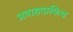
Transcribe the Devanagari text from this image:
प्रवाहदायित्व